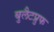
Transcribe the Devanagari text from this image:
बुलैटप्रुफ